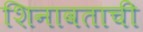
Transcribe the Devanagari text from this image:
शिनावताची